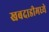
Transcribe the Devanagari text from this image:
खबदाडीमध्ये